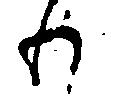
わ